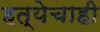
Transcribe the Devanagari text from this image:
हत्येचाही